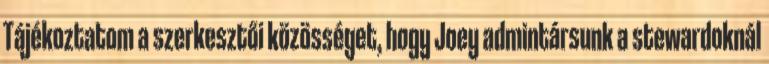
Tájékoztatom a szerkesztői közösséget, hogy Joey admintársunk a stewardoknál